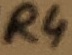
Text: R4